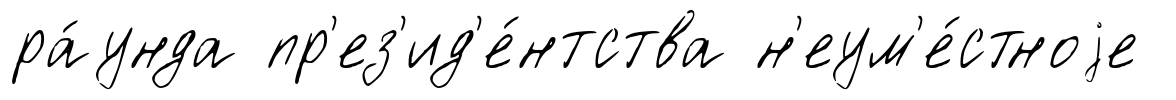
ра́унда пр'ез'ид'е́нтства н'еум'е́стноjе